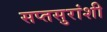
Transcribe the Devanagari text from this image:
सप्तसुरांशी